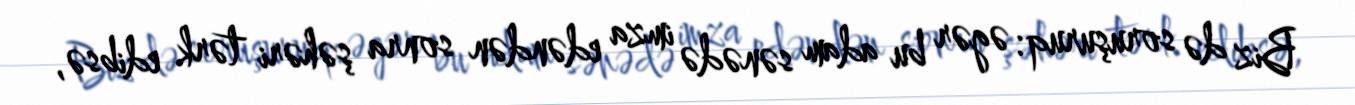
Biz də soruşuruq: əgər bu adam sənədə imza edəndən sonra şəhəri tərk edibsə,